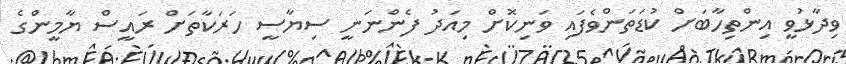
ވިދާޅުވީ އިންތިހާބަށް ކުޑަތަންވެފައި ވަނިކޮށް މިއަދު ފެންނަނީ ސިޔާސީ ހަރަކާތަށް ރައީސް ޔާމީންގެ